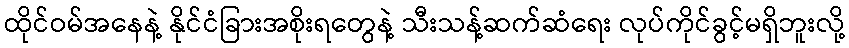
ထိုင်ဝမ်အနေနဲ့ နိုင်ငံခြားအစိုးရတွေနဲ့ သီးသန့်ဆက်ဆံရေး လုပ်ကိုင်ခွင့်မရှိဘူးလို့